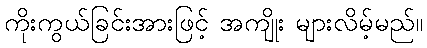
ကိုးကွယ်ခြင်းအားဖြင့် အကျိုး များလိမ့်မည်။